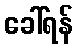
ခေါ်ရန်